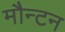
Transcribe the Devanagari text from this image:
मौन्टन